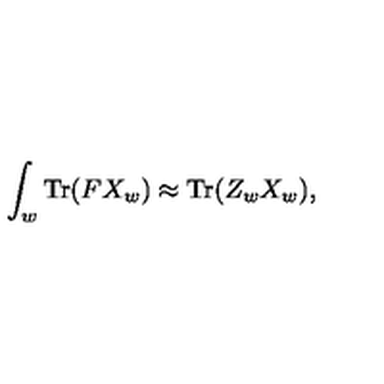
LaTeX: \int _ { w } \mathrm { T r } ( F X _ { w } ) \approx \mathrm { T r } ( Z _ { w } X _ { w } ) ,